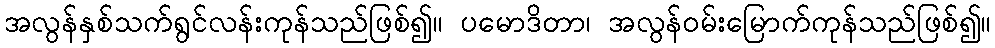
အလွန်နှစ်သက်ရွင်လန်းကုန်သည်ဖြစ်၍။ ပမောဒိတာ၊ အလွန်ဝမ်းမြောက်ကုန်သည်ဖြစ်၍။